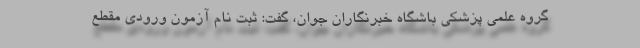
گروه علمی پزشکی باشگاه خبرنگاران جوان، گفت: ثبت نام آزمون ورودی مقطع